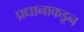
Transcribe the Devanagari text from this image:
प्रधानाकडून